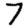
Digit: 7